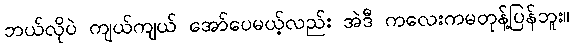
ဘယ်လိုပဲ ကျယ်ကျယ် အော်ပေမယ့်လည်း အဲဒီ ကလေးကမတုန့်ပြန်ဘူး။